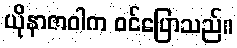
ယိုနာဇာဝါက ဝင်ပြောသည်။